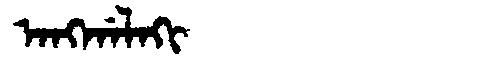
Manchu: ᠠᠩᡤᠠᠯᠠᡴᡳ
Romanization: ANGGALAKI